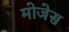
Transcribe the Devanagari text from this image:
मोजेस